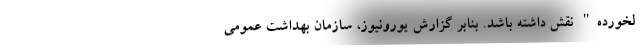
لخورده" نقش داشته باشد. بنابر گزارش یورونیوز، سازمان بهداشت عمومی